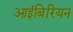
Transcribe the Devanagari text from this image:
आईबिरियन